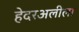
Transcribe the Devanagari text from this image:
हेदरअलीला